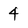
Character: 4